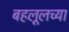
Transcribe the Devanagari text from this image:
बहलूलच्या